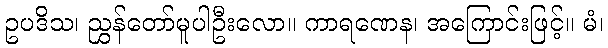
ဥပဒိသ၊ ညွှန်တော်မူပါဦးလော။ ကာရဏေန၊ အကြောင်းဖြင့်။ မံ၊